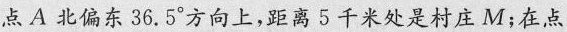
点A北偏东36.5°方向上，距离5千米处是村庄M；在点